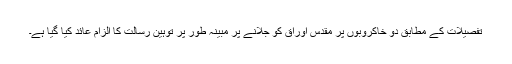
تفصیلات کے مطابق دو خاکروبوں پر مقدس اوراق کو جلانے پر مبینہ طور پر توہینِ رسالت کا الزام عائد کیا گیا ہے۔